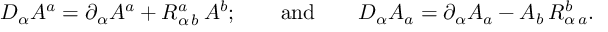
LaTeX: D _ { \alpha } A ^ { a } = \partial _ { \alpha } A ^ { a } + R _ { \alpha \, b } ^ { a } \, A ^ { b } ; \qquad \mathrm { a n d } \qquad D _ { \alpha } A _ { a } = \partial _ { \alpha } A _ { a } - A _ { b } \, R _ { \alpha \, a } ^ { b } .